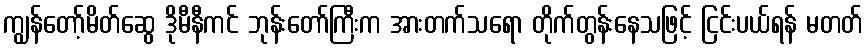
ကျွန်တော့်မိတ်ဆွေ ဒိုမီနီကင် ဘုန်းတော်ကြီးက အားတက်သရော တိုက်တွန်းနေသဖြင့် ငြင်းပယ်ရန် မတတ်